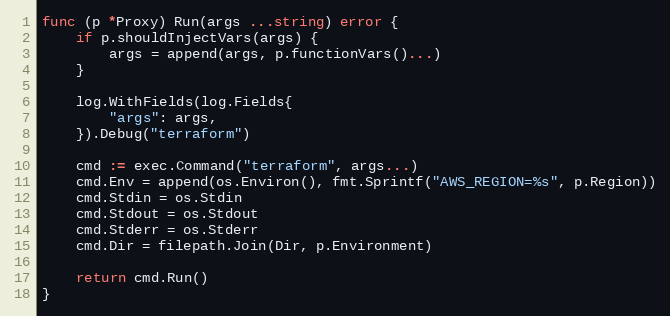
Language: Go
func (p *Proxy) Run(args ...string) error {
	if p.shouldInjectVars(args) {
		args = append(args, p.functionVars()...)
	}

	log.WithFields(log.Fields{
		"args": args,
	}).Debug("terraform")

	cmd := exec.Command("terraform", args...)
	cmd.Env = append(os.Environ(), fmt.Sprintf("AWS_REGION=%s", p.Region))
	cmd.Stdin = os.Stdin
	cmd.Stdout = os.Stdout
	cmd.Stderr = os.Stderr
	cmd.Dir = filepath.Join(Dir, p.Environment)

	return cmd.Run()
}